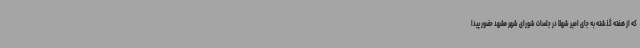
که از هفته گذشته به جای امیر شهلا در جلسات شورای شهر مشهد حضور پیدا